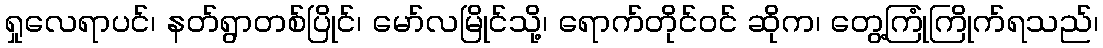
ရှုလေရာပင်၊ နတ်ရွာတစ်ပြိုင်၊ မော်လမြိုင်သို့၊ ရောက်တိုင်ဝင် ဆိုက၊ တွေ့ကြုံကြိုက်ရသည်၊